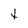
Character: t